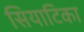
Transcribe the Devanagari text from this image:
सियाटिका